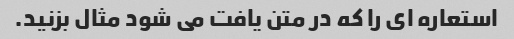
استعاره ای را که در متن یافت می شود مثال بزنید.